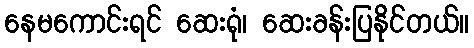
နေမကောင်းရင် ဆေးရုံ၊ ဆေးခန်းပြနိုင်တယ်။